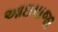
આઇપાજા